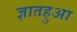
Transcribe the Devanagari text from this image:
ज्ञातहुआ